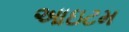
આઇટમ